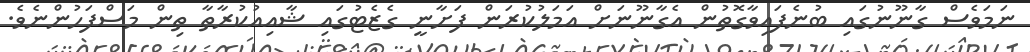
ނަމަވެސް ގާނޫނުގައި ބުނެފައިވާގޮތުން އެގާނޫނަށް އަމަލުކުރަން ފަށާނީ ގެޒެޓުގައި ޝާއިއުކުރާތާ ތިން މަސްފަހުންނެވެ.